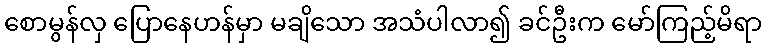
စောမွန်လှ ပြောနေဟန်မှာ မချိသော အသံပါလာ၍ ခင်ဦးက မော်ကြည့်မိရာ